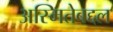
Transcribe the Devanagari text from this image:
अस्मितेबद्दल